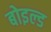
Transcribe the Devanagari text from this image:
बोइल्ड